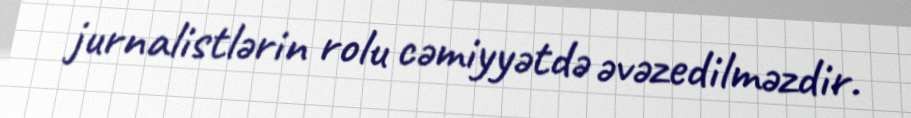
jurnalistlərin rolu cəmiyyətdə əvəzedilməzdir.